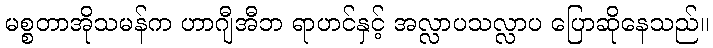
မစ္စတာအိုသမန်က ဟာဂျီအီဘ ရာဟင်နှင့် အလ္လာပသလ္လာပ ပြောဆိုနေသည်။